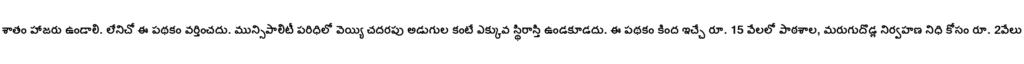
శాతం హాజరు ఉండాలి. లేనిచో ఈ పథకం వర్తించదు. మున్సిపాలిటీ పరిధిలో వెయ్యి చదరపు అడుగుల కంటే ఎక్కువ స్థిరాస్తి ఉండకూడదు. ఈ పథకం కింద ఇచ్చే రూ. 15 వేలలో పాఠశాల, మరుగుదొడ్ల నిర్వహణ నిధి కోసం రూ. 2వేలు